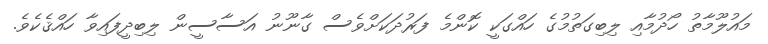
މައުލޫމާތު ހޯދުމާއި ލިބިގަތުމުގެ ހައްގަކީ ކޮންމެ ފަރުދަކަށްވެސް ގާނޫނު އަސާސީން ލިބިދީފައިވާ ހައްޤެކެވެ.